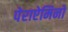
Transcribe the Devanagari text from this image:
पेराऐमिनो